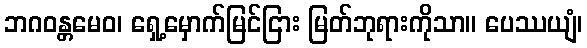
ဘဂဝန္တမေဝ၊ ရှေ့မှောက်မြင်ငြား မြတ်ဘုရားကိုသာ။ ပေဿယျံ၊